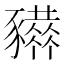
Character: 𧲒